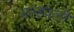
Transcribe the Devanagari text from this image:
वल्हवली